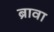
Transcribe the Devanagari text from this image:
ब्रावा